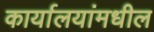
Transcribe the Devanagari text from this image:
कार्यालयांमधील